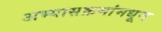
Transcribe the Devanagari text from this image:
अभ्यासक्रमांमधून